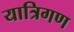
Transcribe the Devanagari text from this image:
यात्रिगण